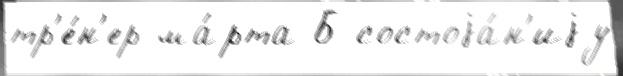
тр'е́н'ер ма́рта Б состоjа́н'иjу